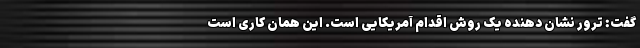
گفت: ترور نشان دهنده یک روش اقدام آمریکایی است. این همان کاری است